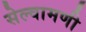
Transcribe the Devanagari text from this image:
सेल्वामणी